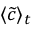
\langle \widetilde { c } \rangle _ { t }